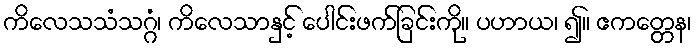
ကိလေသသံသဂ္ဂံ၊ ကိလေသာနှင့် ပေါင်းဖက်ခြင်းကို။ ပဟာယ၊ ၍။ ဧကတ္တေန၊